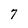
Character: 7